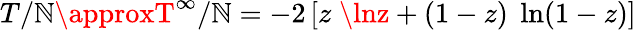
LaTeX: T/\mathbb{N}\approxT^{\infty}/\mathbb{N}=-2\left[z\; \lnz+(1-z)\; \ln(1-z)\right]